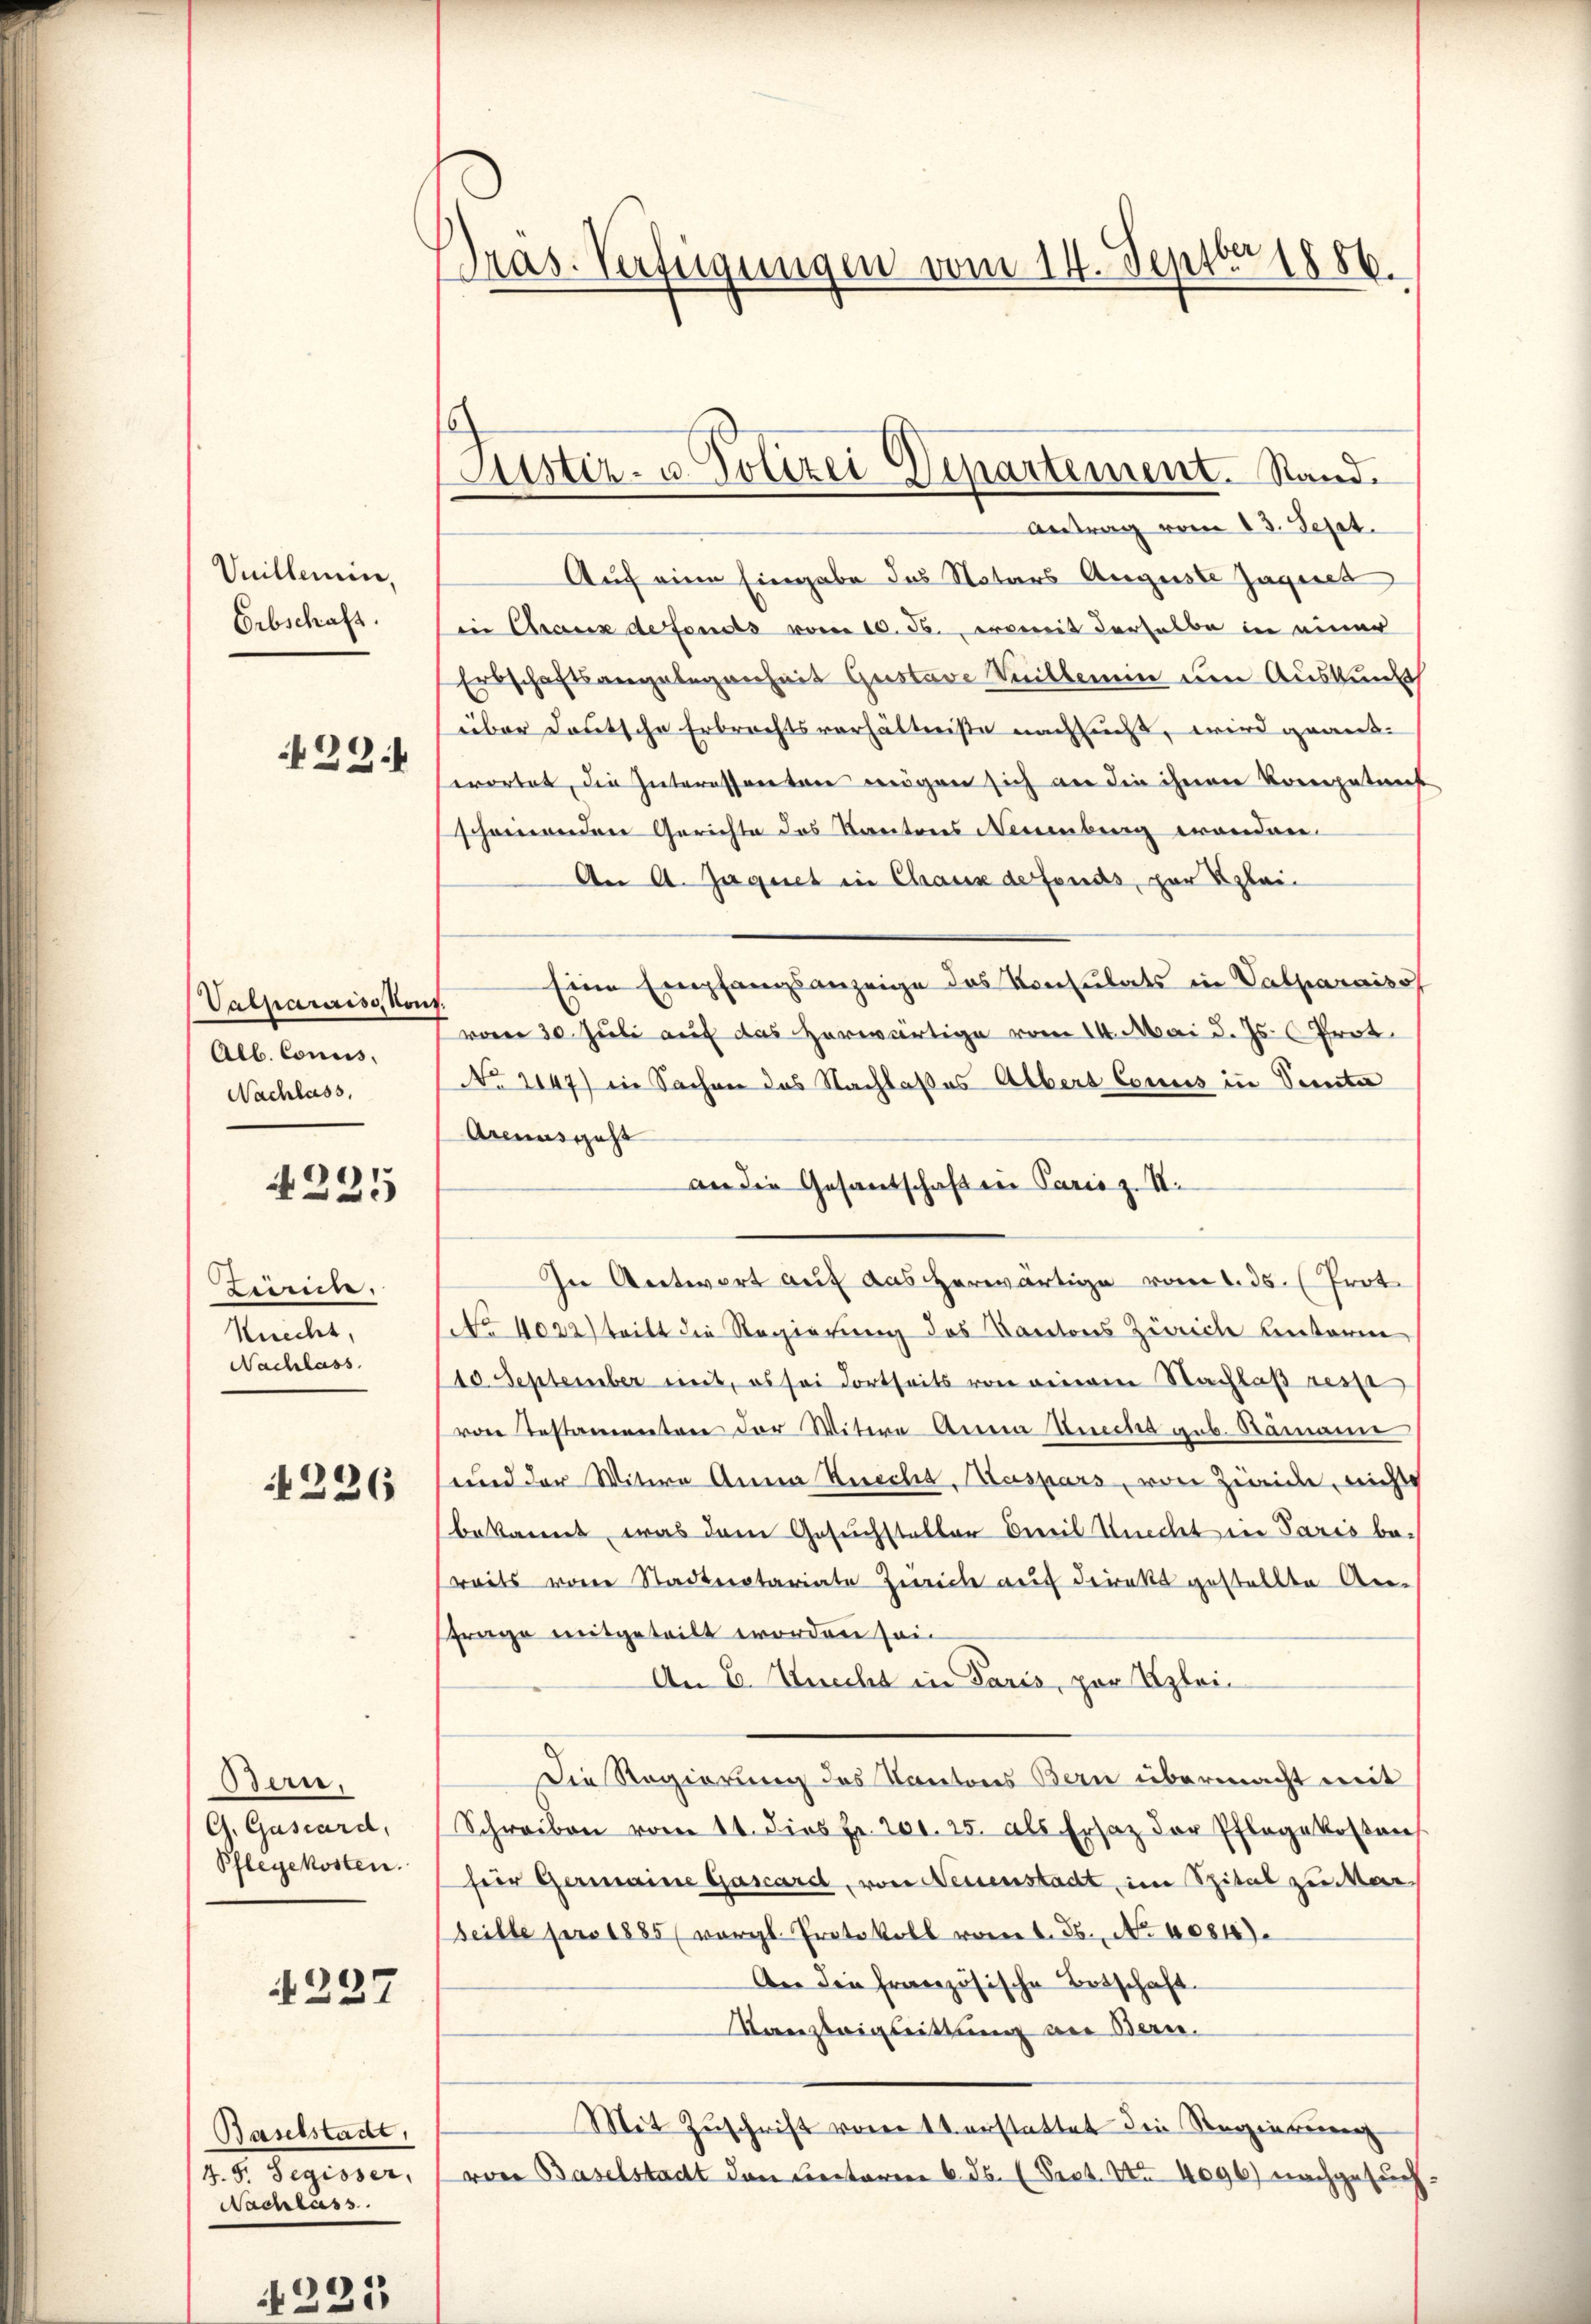
Vnillemin,
Erbschaft.
22.

Valpararise, von
Alb. Conus,
Nachlass,

4225

Linne.
Knecht,
Nachlass

4226

Bern.
G. Gascard,
Pflegekosten.

237

Baselstadt,
4. 5. Segisser,
Nachlass

1
1
.

Präs. Verfügungen vom 14. Septbr 1886.

Justiz- u. Polizei Departement. Stand.

Antrag vom 13. Sept.
Auf eine Eingabe das Notars Auguste Jaquet
in Chaux de fonds vom 10. ds., womit derselbe in einer
Erbschaftsangelegenheit Gustave Meillemein um Auskund
über deutsche Erbrechtsverhältniße nachließ, wird grauswortet, die Interessanten mögen sich an die ihnen Kompetent
scheinenden Gerichte des Kantons Neuenburg wandere.
An A. Jaquet in Chaux de fonds, zur Klei¬
Eine Empfangsanzeige des Konsulats in Valparaiso
vom 30. Juli auf das herwärtige vom 14. Mai d. Js. Prot
No 2147) in Sachen das Nachlaßes Albert Conus in Samta
Arenasgeht
an die Gesandschaft in Paris z. S.
In Antwort auf das herwärtige vom 1. 35. (Prot
No 1022) teilt die Regierung des Kantons Zürich unterm
10. September mit, es sei dortseits von einem Nachlaß res
von Testamenten der Witwe Anna Knechs geb. Ramann
und der Witwe Anna Knechs, Kaspars, von Zweide, nichts
bekannt, was dem Gesuchsteller Bereil Knecht in Paris be-
reits von Stadteotariate Zweiche auf direkt gestellte An-
frage mitgeteilt worden sein
An E. Knecht in Paris, por Klei¬
Die Regierung des Kantons Bern übermacht mit
Schreiben vom 14. dies Fr. 201. 25. als Ersatz der Pflegekosten
für Germaine Gascard, von Neuenstadt, im Spital zu Marseille pro 1885 (vergl. Protokoll vom 1. 56. No 6084).
An die französische Botschaft.
Kanzleigsittung an Bern.
Mit Zuschrift vom 11 erstattet die Regierung
von Baselstadt den Lectoren 6. ds. (Pect. No 4096) nachgesuch